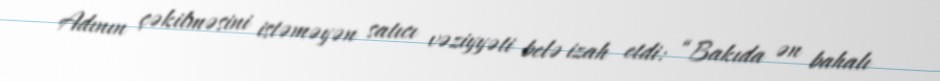
Adının çəkilməsini istəməyən satıcı vəziyyəti belə izah etdi: “Bakıda ən bahalı